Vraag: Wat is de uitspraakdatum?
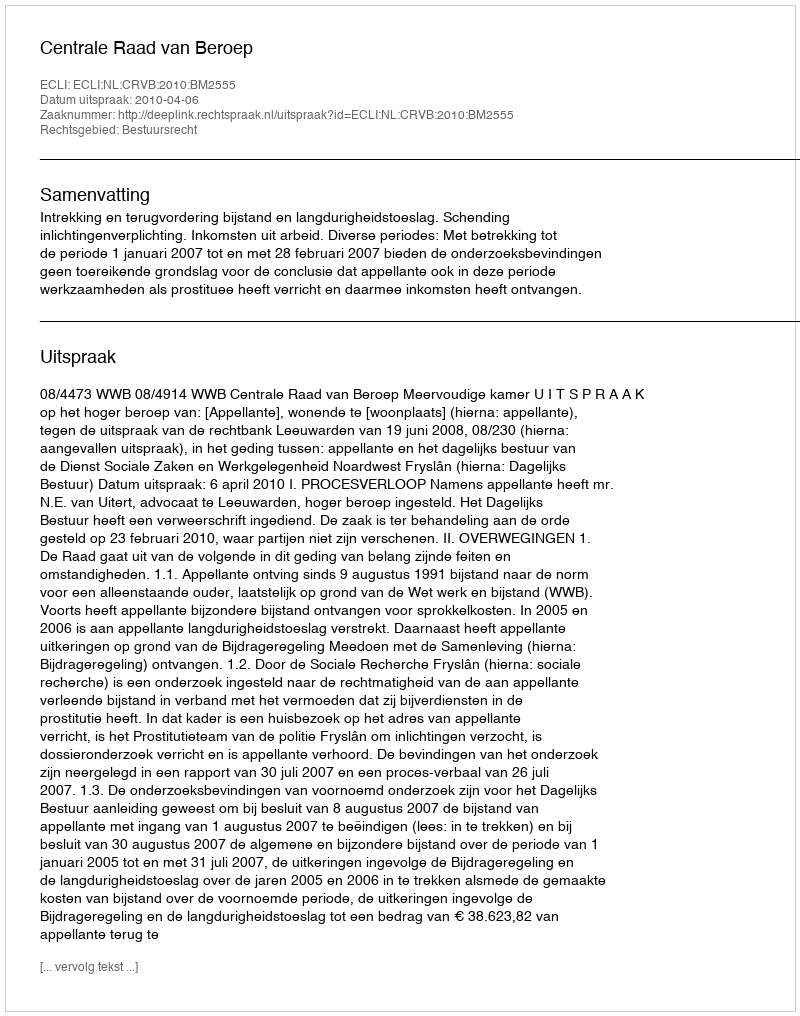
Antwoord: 2010-04-06